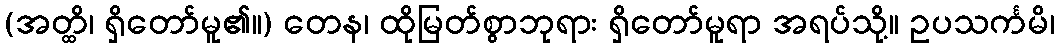
(အတ္ထိ၊ ရှိတော်မူ၏။) တေန၊ ထိုမြတ်စွာဘုရား ရှိတော်မူရာ အရပ်သို့။ ဥပသင်္ကမိ၊